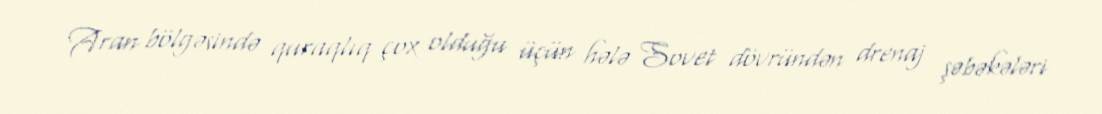
Aran bölgəsində quraqlıq çox olduğu üçün hələ Sovet dövründən drenaj şəbəkələri